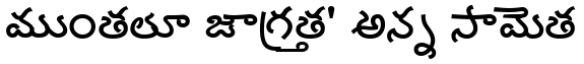
ముంతలూ జాగ్రత్త' అన్న సామెత